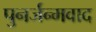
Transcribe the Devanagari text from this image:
पुनर्जन्मवाद